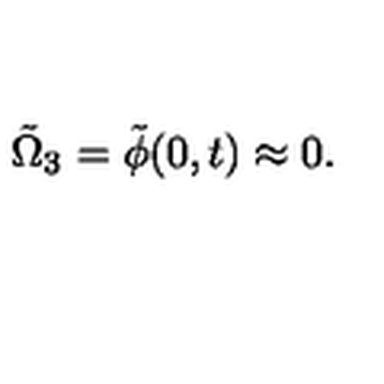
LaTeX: \tilde { \Omega } _ { 3 } = \tilde { \phi } ( 0 , t ) \approx 0 .